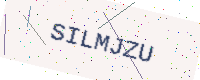
Text: SILMJZU